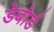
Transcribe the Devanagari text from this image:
डेबोर्ड